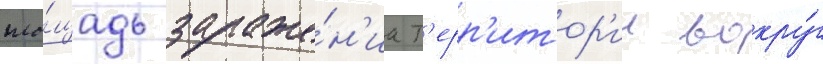
пло́щадь зараже́н'иа т'ерр'итор'ии вокру́г